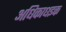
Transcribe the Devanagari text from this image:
अधिकाधइक